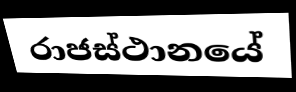
රාජස්ථානයේ